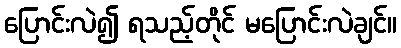
ပြောင်းလဲ၍ ရသည့်တိုင် မပြောင်းလဲချင်။